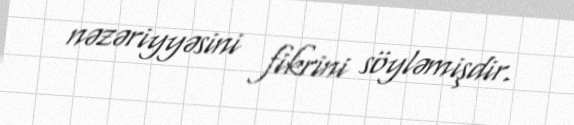
nəzəriyyəsini fikrini söyləmişdir.